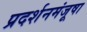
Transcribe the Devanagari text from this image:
प्रदर्शनमंजूषा